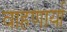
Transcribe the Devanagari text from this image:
वाहणार्या